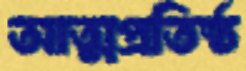
আত্মপ্রতিষ্ঠ